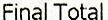
FINAL TOTAL